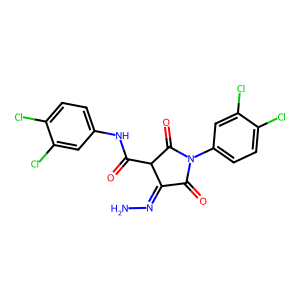
SMILES: NN=C1C(=O)N(c2ccc(Cl)c(Cl)c2)C(=O)C1C(=O)Nc1ccc(Cl)c(Cl)c1
Inhibits HIV replication: No